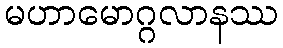
မဟာမောဂ္ဂလာနဿ